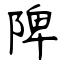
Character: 陴